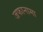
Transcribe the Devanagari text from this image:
जफानामा